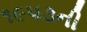
૧૯૫૩ની